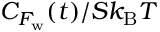
C _ { F _ { \mathrm { w } } } ( t ) / S k _ { \mathrm { B } } T